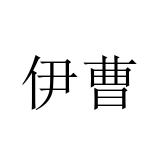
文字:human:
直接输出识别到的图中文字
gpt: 伊曹